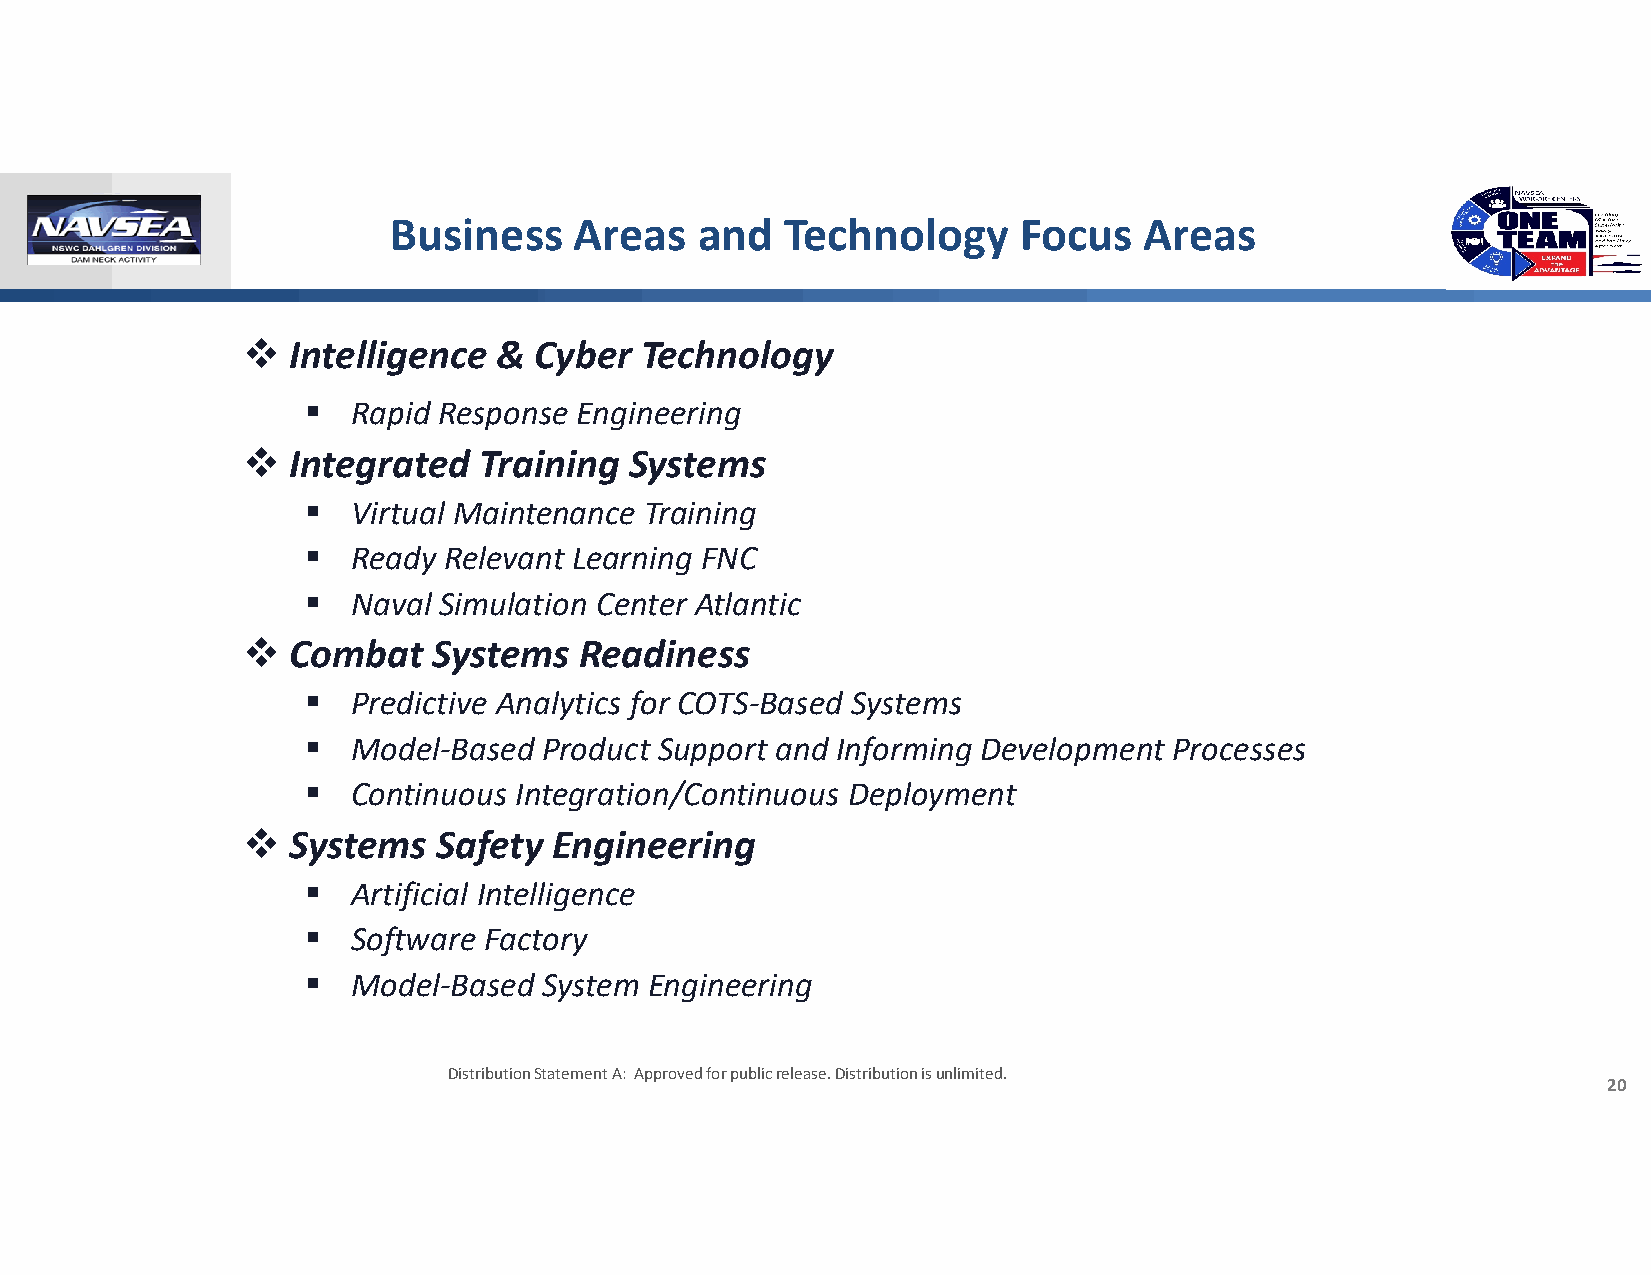
Business    Areas   and   Technology     Focus    Areas
   Intelligence  & Cyber  Technology
   Rapid Response Engineering
   Integrated   Training  Systems
   Virtual Maintenance Training
   Ready Relevant Learning FNC
   Naval Simulation Center Atlantic
   Combat    Systems  Readiness
   Predictive Analytics for COTS‐Based Systems
   Model‐Based  Product Support and Informing Development Processes
   Continuous Integration/Continuous Deployment
   Systems   Safety  Engineering
   Artificial Intelligence
   Software Factory
   Model‐Based  System Engineering
 Distribution Statement A: Approved for public release. Distribution is unlimited.
 20